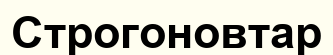
Строгоновтар